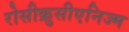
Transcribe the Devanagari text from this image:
रोसीक्रुसीएनिज्म